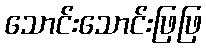
သောင်းသောင်းဖြဖြ